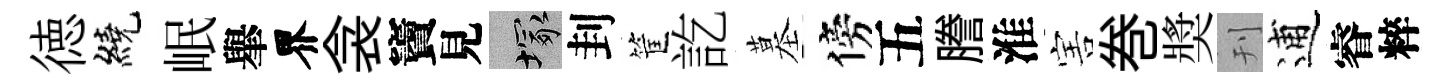
徳繞岷𦦙界衾竇見塚刲筐訖墓傍五謄淮害巻奬刊逋睿粹